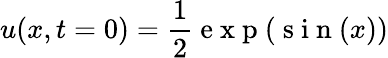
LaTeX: u(x,t=0)=\frac{1}{2}\mathrm{~e~x~p~}(\mathrm{~s~i~n~}(x))